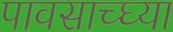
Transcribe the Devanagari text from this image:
पावसाच्घ्या